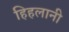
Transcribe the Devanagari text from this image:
हिहलानी